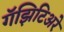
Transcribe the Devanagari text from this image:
गॅझिटिअरे